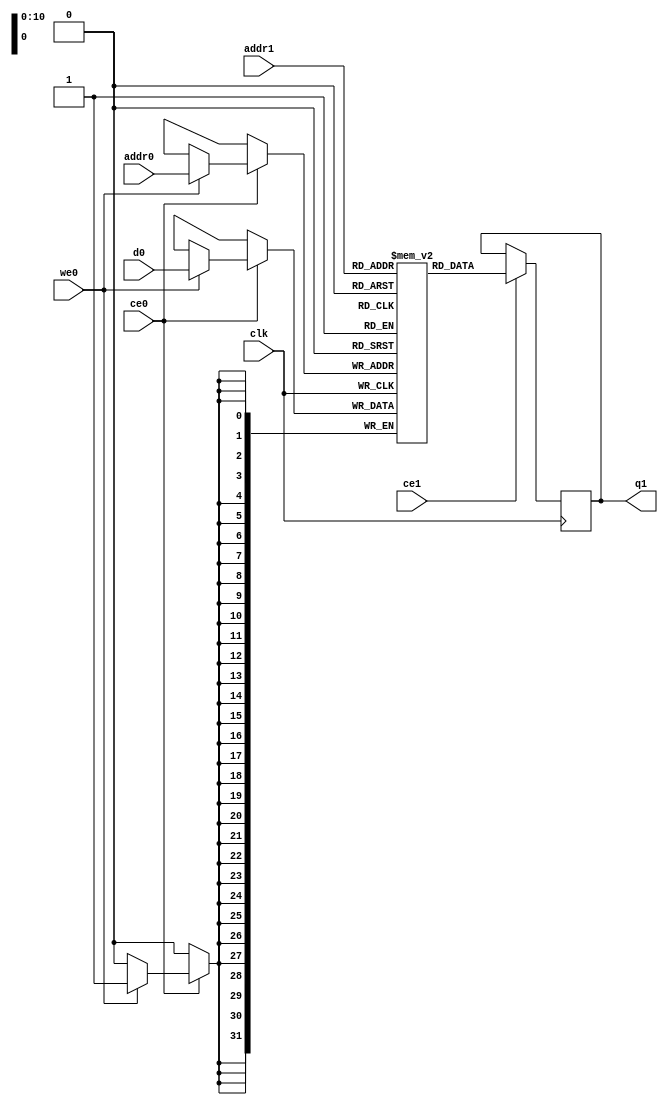
// ==============================================================
// Vivado(TM) HLS - High-Level Synthesis from C, C++ and SystemC v2019.2.1 (64-bit)
// Copyright 1986-2019 Xilinx, Inc. All Rights Reserved.
// ==============================================================
`timescale 1 ns / 1 ps
module Loop_Border_proc_lbW_ram (addr0, ce0, d0, we0, addr1, ce1, q1,  clk);

parameter DWIDTH = 32;
parameter AWIDTH = 11;
parameter MEM_SIZE = 1910;

input[AWIDTH-1:0] addr0;
input ce0;
input[DWIDTH-1:0] d0;
input we0;
input[AWIDTH-1:0] addr1;
input ce1;
output reg[DWIDTH-1:0] q1;
input clk;

(* ram_style = "block" *)reg [DWIDTH-1:0] ram[0:MEM_SIZE-1];




always @(posedge clk)  
begin 
    if (ce0) begin
        if (we0) 
            ram[addr0] <= d0; 
    end
end


always @(posedge clk)  
begin 
    if (ce1) begin
        q1 <= ram[addr1];
    end
end


endmodule

`timescale 1 ns / 1 ps
module Loop_Border_proc_lbW(
    reset,
    clk,
    address0,
    ce0,
    we0,
    d0,
    address1,
    ce1,
    q1);

parameter DataWidth = 32'd32;
parameter AddressRange = 32'd1910;
parameter AddressWidth = 32'd11;
input reset;
input clk;
input[AddressWidth - 1:0] address0;
input ce0;
input we0;
input[DataWidth - 1:0] d0;
input[AddressWidth - 1:0] address1;
input ce1;
output[DataWidth - 1:0] q1;



Loop_Border_proc_lbW_ram Loop_Border_proc_lbW_ram_U(
    .clk( clk ),
    .addr0( address0 ),
    .ce0( ce0 ),
    .we0( we0 ),
    .d0( d0 ),
    .addr1( address1 ),
    .ce1( ce1 ),
    .q1( q1 ));

endmodule